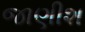
જાણીશ